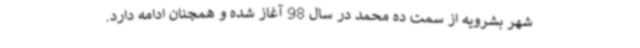
شهر بشرویه از سمت ده محمد در سال 98 آغاز شده و همچنان ادامه دارد.